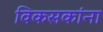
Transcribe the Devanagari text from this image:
विकसकांना